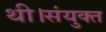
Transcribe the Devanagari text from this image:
थी।संयुक्त